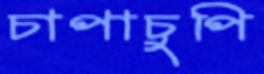
চাপাচুপি